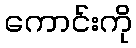
ကောင်းကို